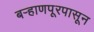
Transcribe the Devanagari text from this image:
बऱ्हाणपूरपासून